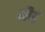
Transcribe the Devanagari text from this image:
मीढ़